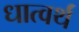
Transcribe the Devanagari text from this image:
धात्वर्थं